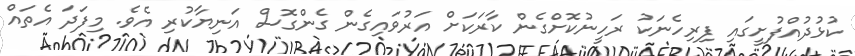
ކުޅުދުއްފުށީގައި ފިރިހެނަކު ރަހީނުކޮށްގެން ކާރަކަށް އަރުވައިގެން ގެންގޮސް އަނިޔާކުރި އެވެ. މިފަދަ އެތައް